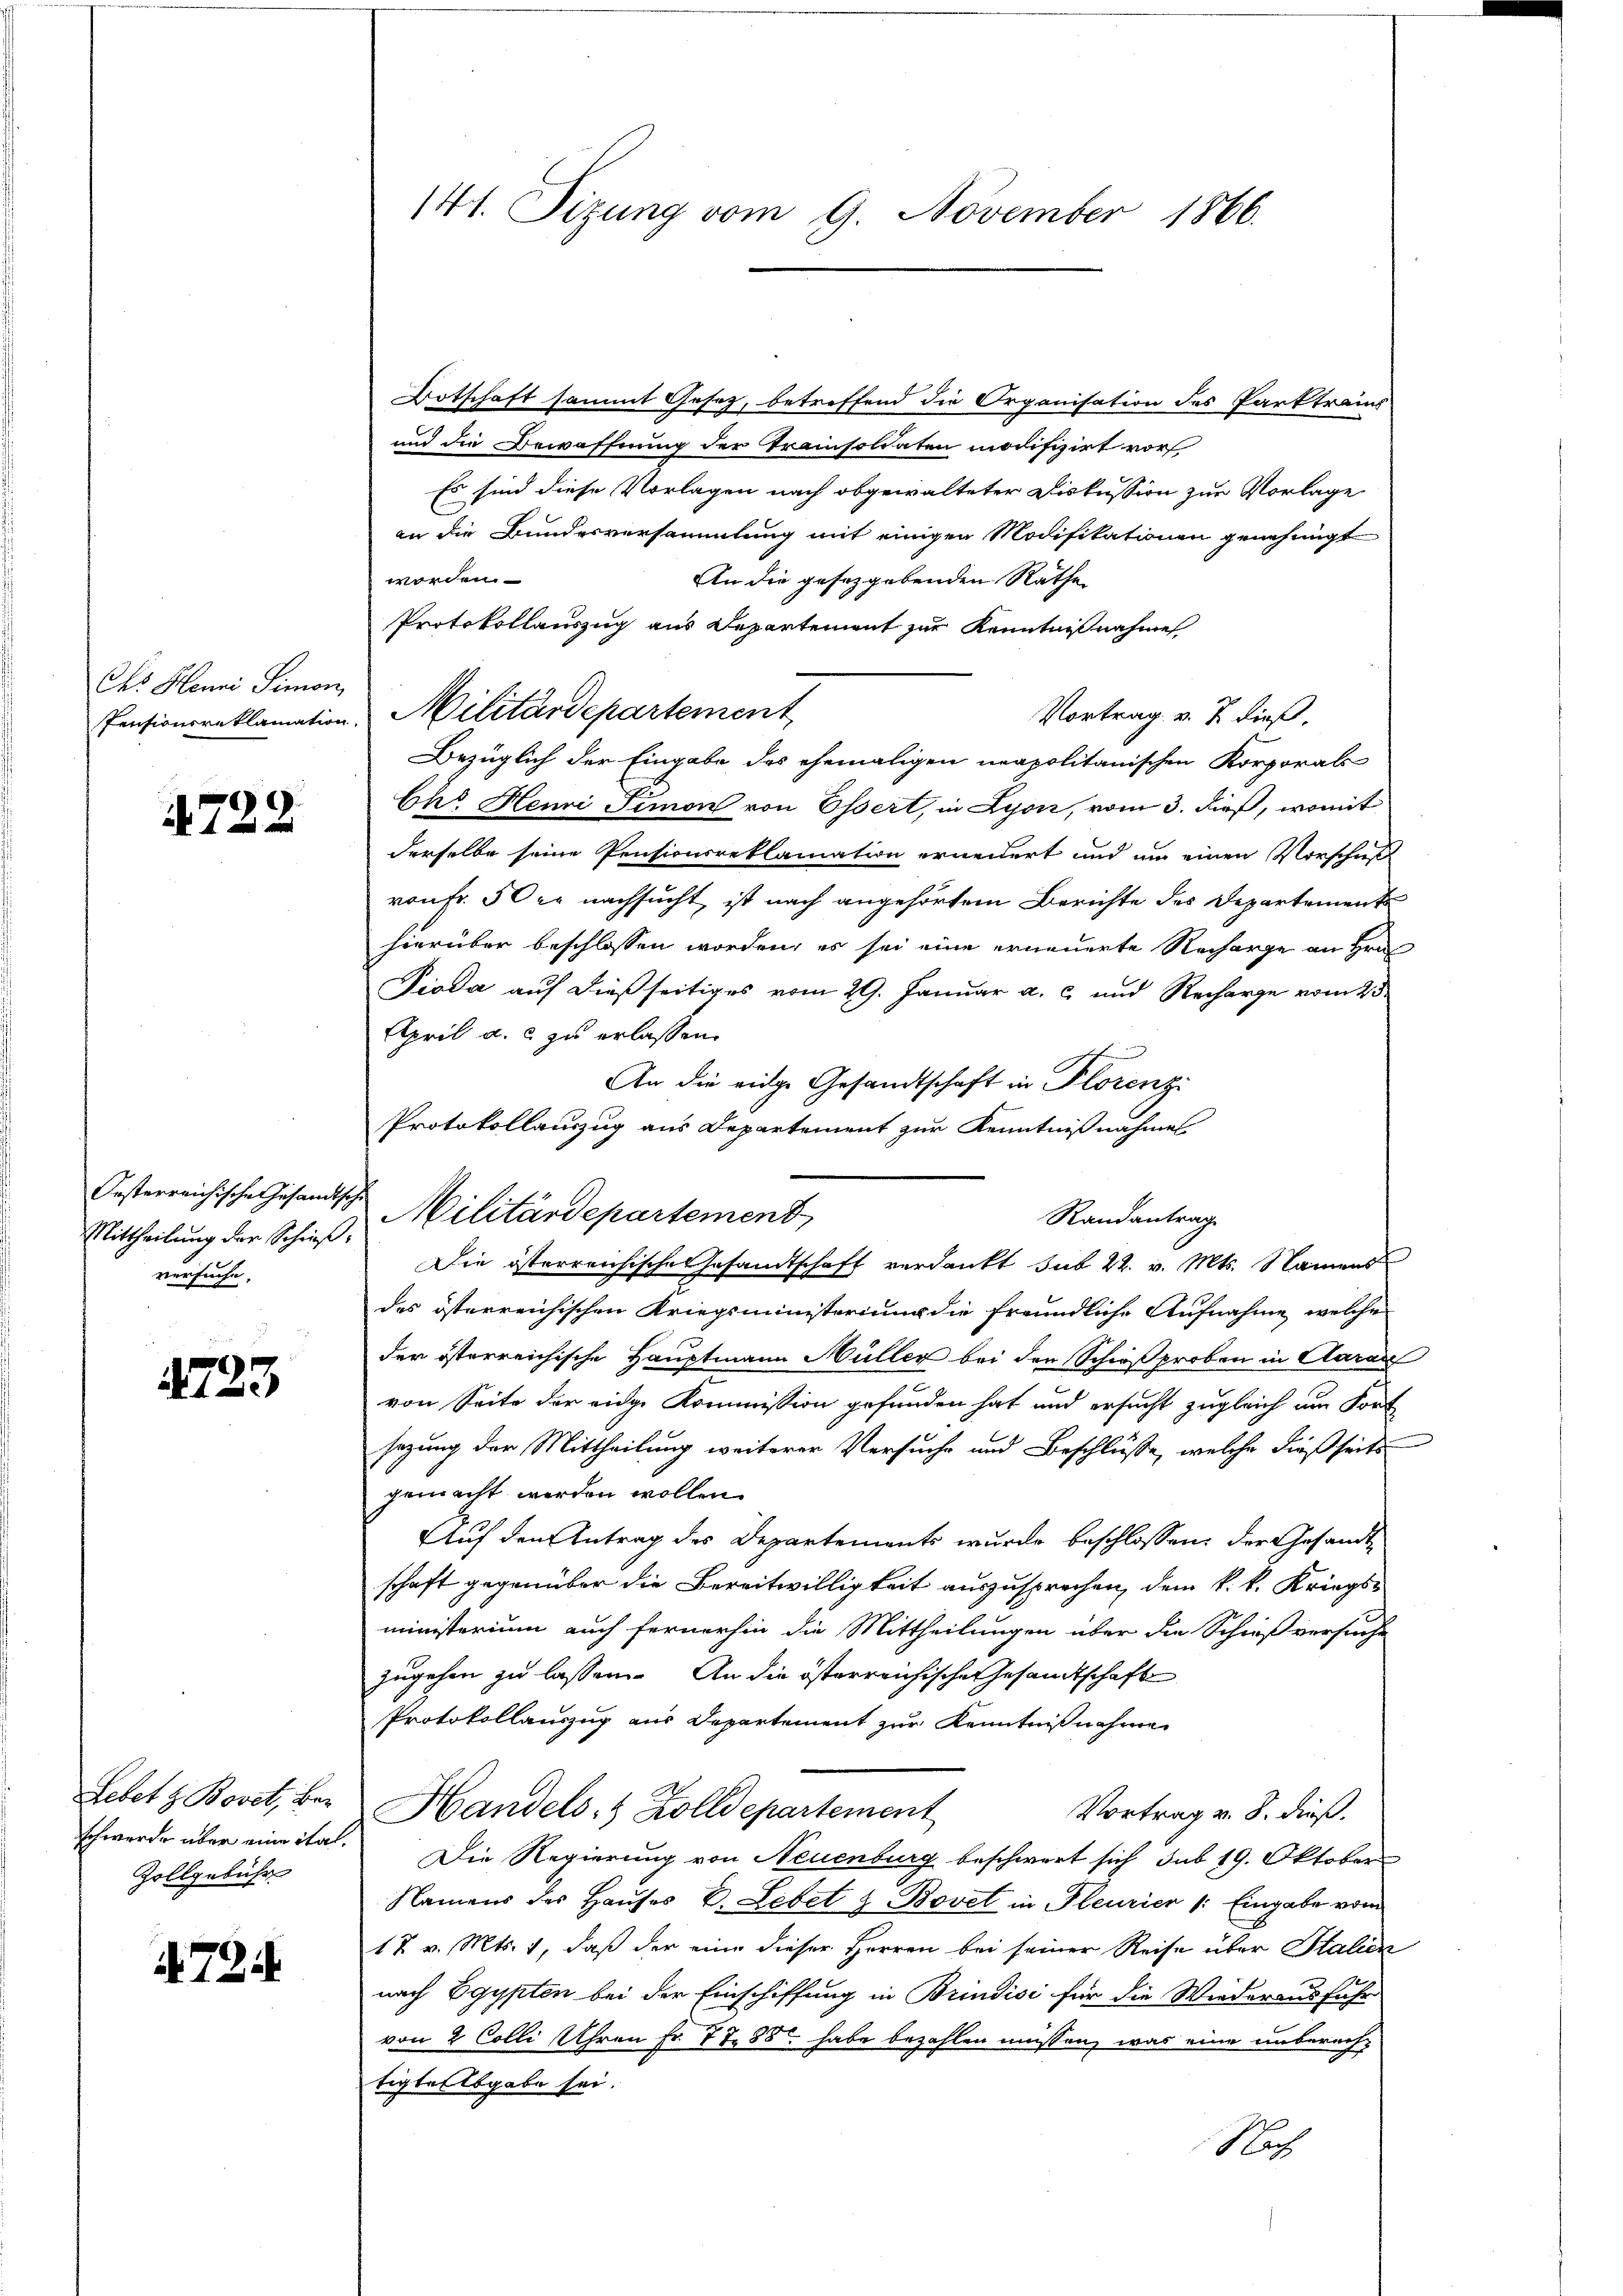
Chs Henni Simon,

4722

Oesterreichische Gesandtsche
Mittheilung der Schieß
versuche.

733

Zollgebühr

A724

Botschaft sammt Gesetz, betreffend die Organisation des Parktrais
und die Bewaffnung der Praisoldaten modifizirt vor
Es sind diese Vorlagen nach obgewalteter Diskussion zur Vorlage
an die Bundesversammlung mit einigen Modifikationen genehmigt
worden.
An die gesetzgebenden Rathe
Protokollauszug aus Departement zur Kenntnißnahme
Vortrag v. J. dieß,
Bezüglich der Eingabe des ehemaligen neapolitanischen Korporats
Ch. Henri Simon von Essert, in Lyon, vom 3. dieß, womit
derselbe seine Pensionsreklamation erneuert und um einen Vorschaft
von Fr. 5 der nachsucht, ist nach angehörtem Berichte des Departements
hierüber beschlossen worden, es sei eine erneuerte Recharge an Hrn.
Pioda auf dießseitiges vom 29. Januar a. c. und Recharge vom 23.
April a. c. zu erlassen.
An die eidge Gesandtschaft in Florenz
Protokollauszug aus Departement zur Kenntnißnahmes
Militärdepartement
Randantrag
Die österreichische Gesandtschaft verdankt sub 22. v. Mts. Namens
des österreichischen Kriegsministerium die freundliche Aufnahme, welche
der österreichische Hauptmann Müller bei den Schießproben in Aarau
von Seite der eidge Kommission gefunden hat und ersucht zugleich am Fort
sazung der Mittheilung weiterer Versuche und Beschlüsse, welche dießseits
gemacht werden wollen.
Auf den Antrag des Departements wurde beschlossen: der Gesandtschaft gegenüber die Bereitwilligkeit auszusprechen, dem k. k. Kriegs-
ministerium auch fernerhin die Mittheilungen über die Schießversuche
zugehen zu lassen. An die österreichischen Gesandtschaft
Protokollauszug aus Departement zur Kenntnißnahme
Lebet z. Bovet, bei Handels- & Zolldepartement
Vortrag v. 8. dieß.
schwerde über eine ital. Die Regierung von Neuenburg beschwert sich sub 19. Oktober
Namens des Hauses C. Lebet z. Bovet in Pleurier (: Eingabe vom
18 v. Mts. 1, daß der eine dieser Herren bei seiner Reise über Stalien
nach Egypten bei der Einschiffung in Brindisi für die Wiederausführ
von 2 Colli Uhren Fr. 77. 88 habe bezahlen müssen, was eine unberechtigte Abgabe sei.
Nach

141. Sizung vom 9. November 1866.

Pensionsreklamation Militärdepartement